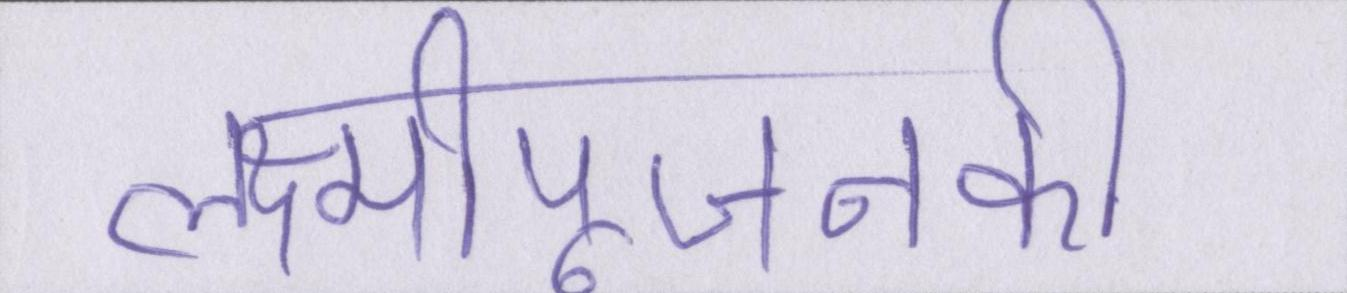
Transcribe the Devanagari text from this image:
लक्ष्मीपूजनकी